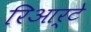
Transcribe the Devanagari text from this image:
रिआर्टे